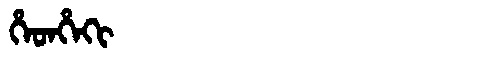
Manchu: ᡥᡝᡨᡥᡝᡴᡳ
Romanization: HETHEKI